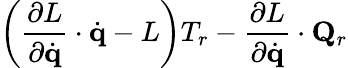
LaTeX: \left({\frac{\partial L}{\partial{\dot{\mathbf{q}}}}}\cdot{\dot{\mathbf{q}}}-L\right)T_{r}-{\frac{\partial L}{\partial{\dot{\mathbf{q}}}}}\cdot\mathbf{Q}_{r}